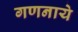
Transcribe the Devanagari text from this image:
गणनाये